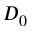
D _ { 0 }